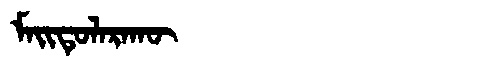
Manchu: ᠮᠠᡳᡨᡠᠯᠠᡵᠠᡴᡡ
Romanization: MAITULARAKŪ